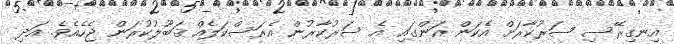
އިނގިރޭސި ސަރުކާރަށް އެކަން އަންގައި އެ ސަރުކާރުން އެރަސްކަލެއް ޤަބޫލުކުރަން ޖެހެއެވެ. އަދި